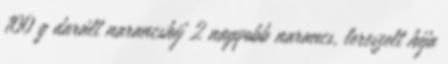
100 g darált narancshéj 2 nagyobb narancs, lereszelt héja